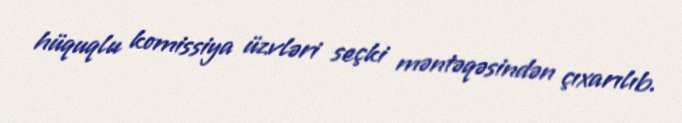
hüquqlu komissiya üzvləri seçki məntəqəsindən çıxarılıb.